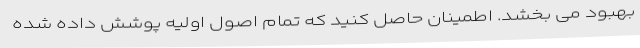
بهبود می بخشد. اطمینان حاصل کنید که تمام اصول اولیه پوشش داده شده